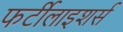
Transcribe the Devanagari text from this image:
फर्टीलाइशर्स